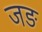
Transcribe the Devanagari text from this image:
जङ